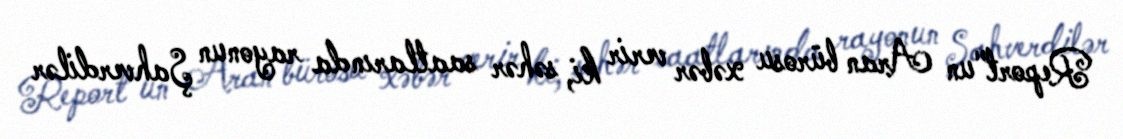
Report"un Aran bürosu xəbər verir ki, səhər saatlarında rayonun Şahverdilər